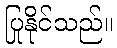
ပြုနိုင်သည်။